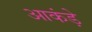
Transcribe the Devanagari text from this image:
आकंड़े